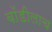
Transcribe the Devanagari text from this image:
बॉडीलाच